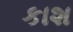
કાશ